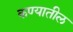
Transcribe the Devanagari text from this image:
कण्यातील